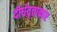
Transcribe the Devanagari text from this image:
दीर्धवृत्ताकार